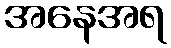
အနေအရ